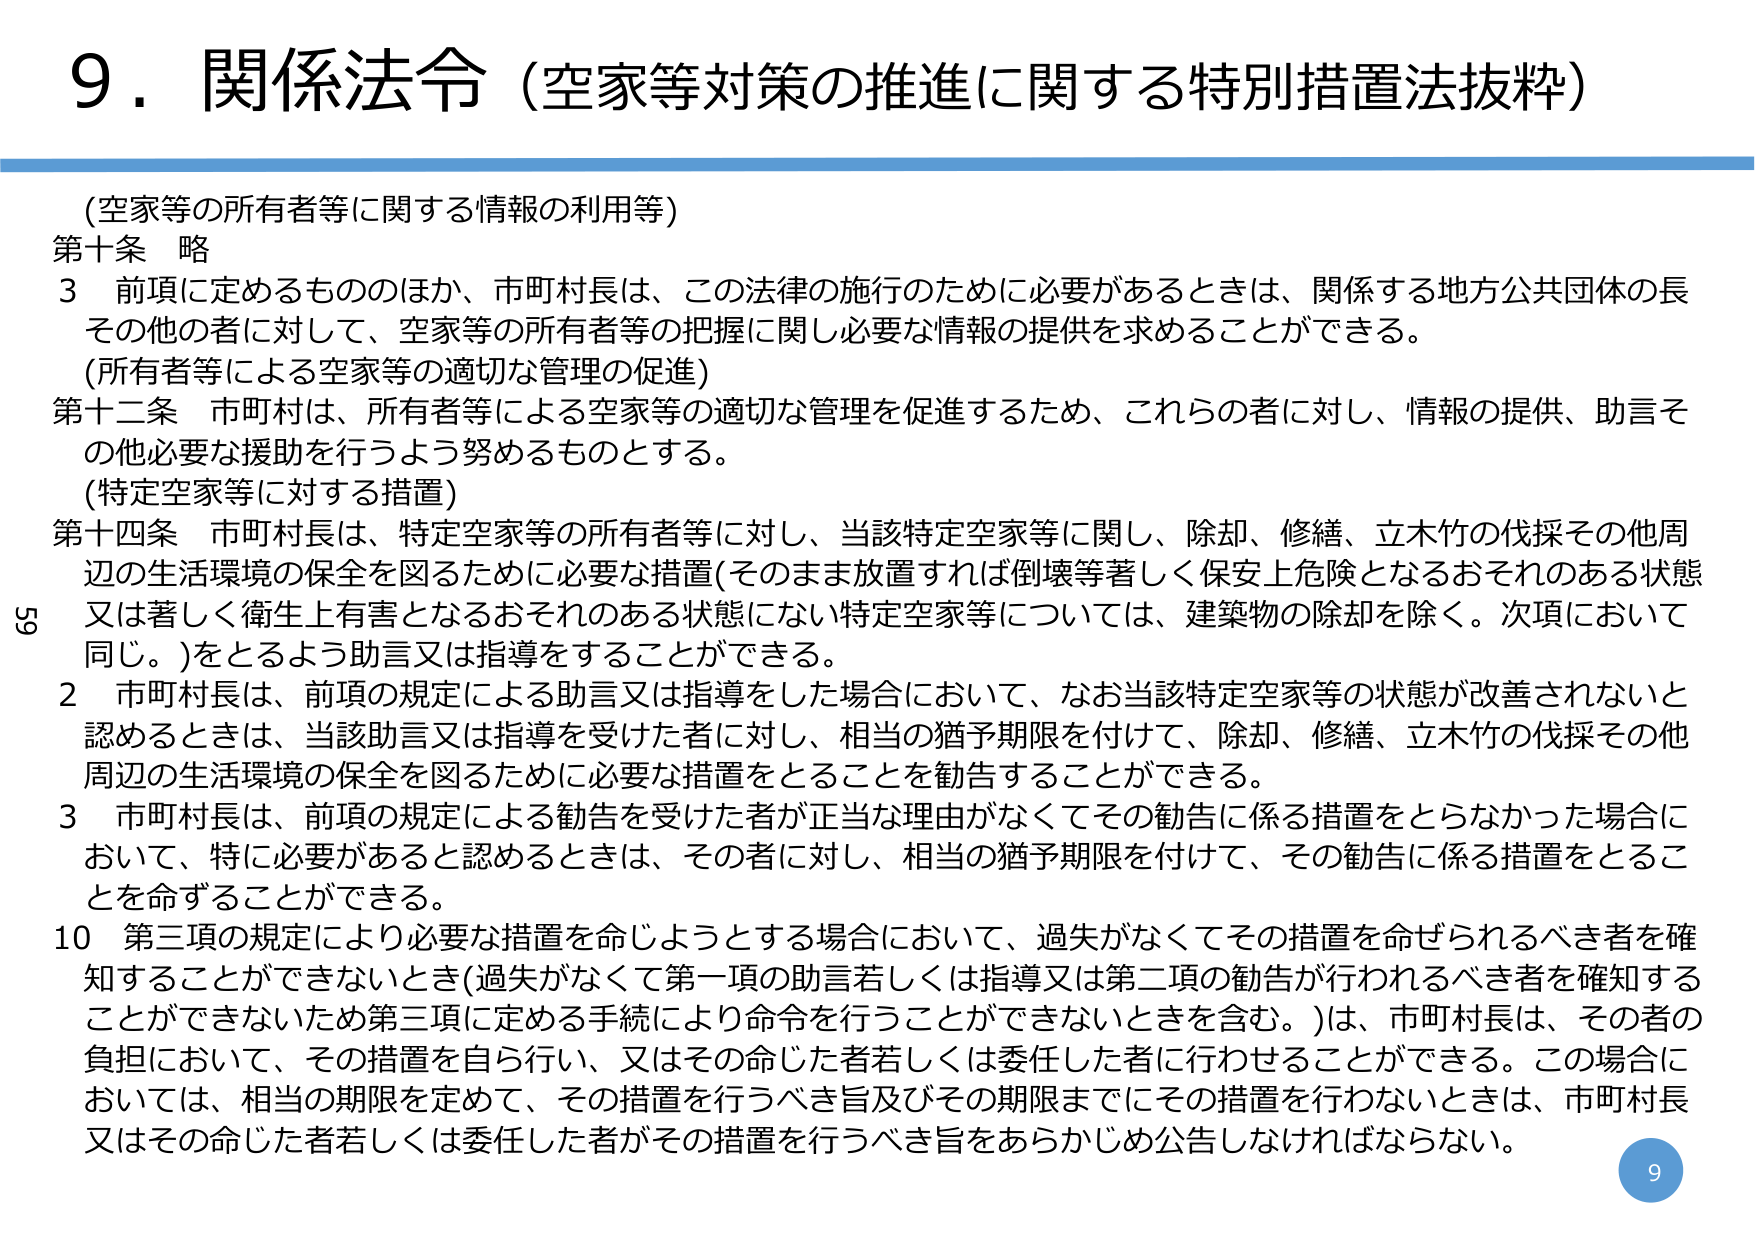
9．関係法令（空家等対策の推進に関する特別措置法抜粋）

（空家等の所有者等に関する情報の利用等）
第十条 略
3 前項に定めるもののほか、市町村長は、この法律の施行のために必要があるときは、関係する地方公共団体の長その他の者に対して、空家等の所有者等の把握に関し必要な情報の提供を求めることができる。

（所有者等による空家等の適切な管理の促進）
第十二条 市町村は、所有者等による空家等の適切な管理を促進するため、これらの者に対し、情報の提供、助言その他必要な援助を行うよう努めるものとする。

（特定空家等に対する措置）
第十四条 市町村長は、特定空家等の所有者等に対し、当該特定空家等に関し、除却、修繕、立木竹の伐採その他周辺の生活環境の保全を図るために必要な措置（そのまま放置すれば倒壊等著しく保安上危険となるおそれのある状態又は著しく衛生上有害となるおそれのある状態にない特定空家等については、建築物の除却を除く。次項において同じ。）をとるよう助言又は指導をすることができる。
2 市町村長は、前項の規定による助言又は指導をした場合において、なお当該特定空家等の状態が改善されないと認めるときは、当該助言又は指導を受けた者に対し、相当の猶予期限を付けて、除却、修繕、立木竹の伐採その他周辺の生活環境の保全を図るために必要な措置をとることを勧告することができる。
3 市町村長は、前項の規定による勧告を受けた者が正当な理由がなくてその勧告に係る措置をとらなかった場合において、特に必要があると認めるときは、その者に対し、相当の猶予期限を付けて、その勧告に係る措置をとることを命ずることができる。
10 第三項の規定により必要な措置を命じようとする場合において、過失がなくてその措置を命ぜられるべき者を確知することができないとき（過失がなくて第一項の助言若しくは指導又は第二項の勧告が行われるべき者を確知することができないため第三項に定める手続により命令を行うことができないときを含む。）は、市町村長は、その者の負担において、その措置を自ら行い、又はその命じた者若しくは委任した者に行わせることができる。この場合においては、相当の期限を定めて、その措置を行うべき旨及びその期限までにその措置を行わないときは、市町村長又はその命じた者若しくは委任した者がその措置を行うべき旨をあらかじめ公告しなければならない。

9